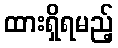
ထားရှိရမည့်